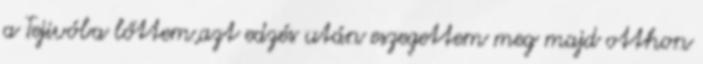
a Tejivóba lőttem,azt edzés után eszegettem meg majd otthon